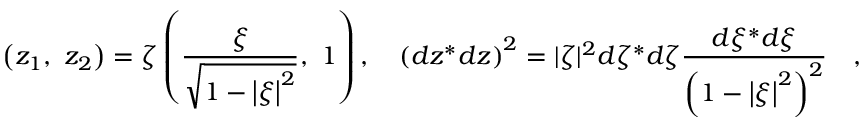
\left( { { z _ { 1 } } , \ { z _ { 2 } } } \right) = \zeta \left( { { \frac { \xi } { \sqrt { 1 - \left| \xi \right| ^ { 2 } } } } , \ 1 } \right) , \quad \left( { d z ^ { * } d z } \right) ^ { 2 } = | \zeta | ^ { 2 } d \zeta ^ { * } d \zeta { \frac { d \xi ^ { * } d \xi } { \left( { 1 - \left| \xi \right| ^ { 2 } } \right) ^ { 2 } } } \quad ,